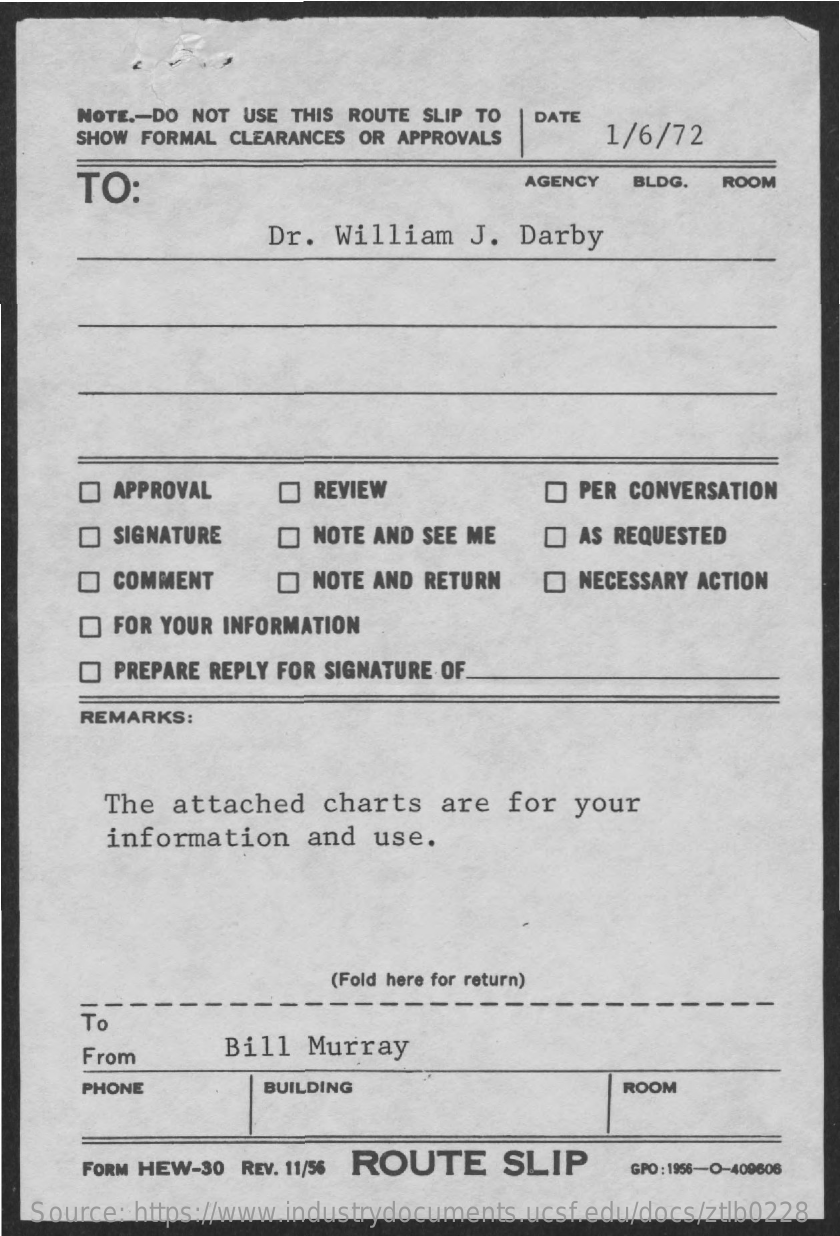
NOTE .- DO NOT USE THIS ROUTE SLIP TO DATE
     SHOW FORMAL CLEARANCES OR APPROVALS    1/6/72
     TO:    AGENCY  BLDG.  ROOM
     Dr. William    J. Darby
     APPROVAL    REVIEW    PER CONVERSATION
     SIGNATURE    NOTE AND SEE ME    AS REQUESTED
     COMMENT    NOTE AND RETURN  O  NECESSARY ACTION
     FOR YOUR INFORMATION
     PREPARE REPLY FOR SIGNATURE OF.
     REMARKS:
     The  attached    charts   are  for  your
     information    and  use.
     (Fold here for return)
     To
     From    Bill  Murray
     PHONE    BUILDING    ROOM
     FORM HEW-30 REV. 11/56 ROUTE   SLIP    GPO : 1956-0-409606
   Source: https://www.industrydocuments.ucsf.edu/docs/ztlb0228